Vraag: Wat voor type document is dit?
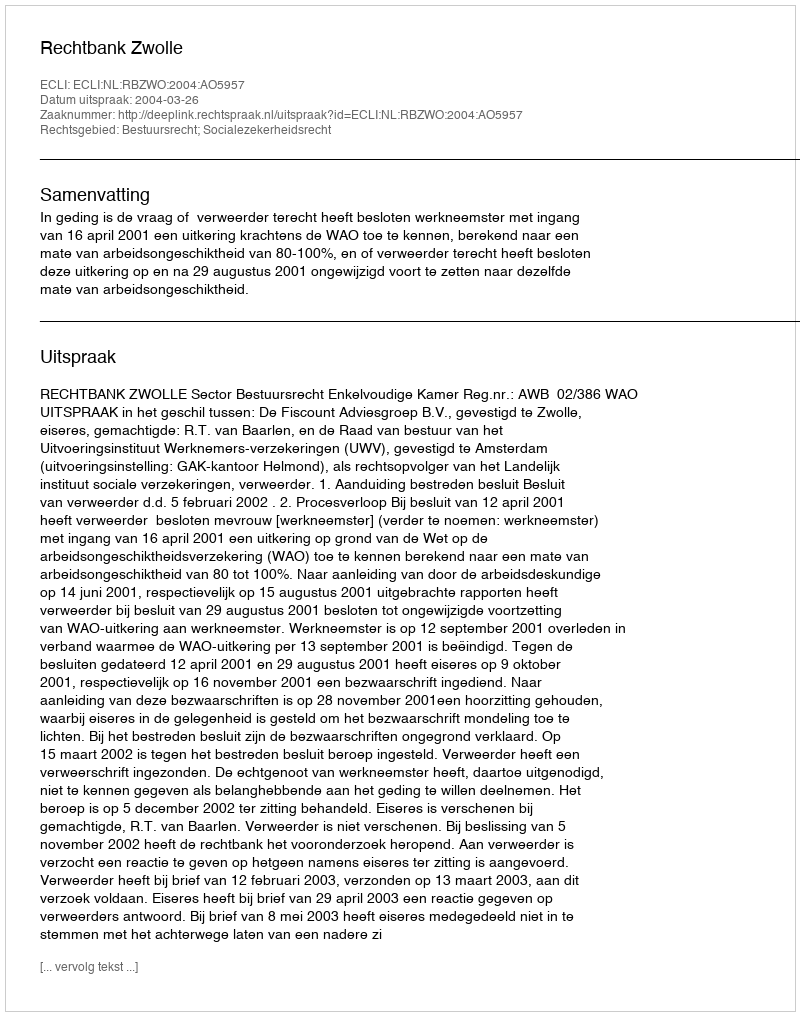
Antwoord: Uitspraak